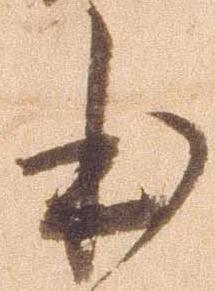
本